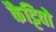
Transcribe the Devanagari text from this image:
कैट्टिवो